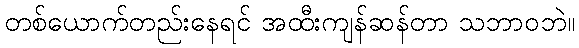
တစ်ယောက်တည်းနေရင် အထီးကျန်ဆန်တာ သဘာဝဘဲ။